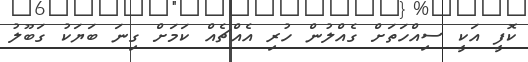
ކޮފީ އަކީ ސިއްހަތަށް ގެއްލުން ހުރި އެއްޗެއް ކަމަށް ގިނަ ބަޔަކު ގަބޫލު